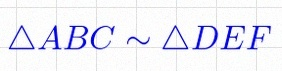
\triangle ABC\sim\triangle DEF